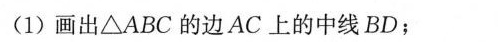
(1)画出 \bigtriangleup ABC的边AC上的中线BD；